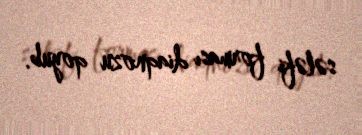
sələfi forması diaqnozu qoyub.